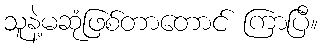
သူနဲ့မဆုံဖြစ်တာတောင် ကြာပြီ။